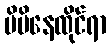
မိမိနေထိုင်ရာ